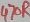
Text: 470R